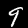
Label: 9